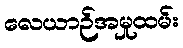
လေယာဉ်အမှုထမ်း